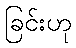
ခြင်းဟု